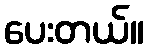
ပေးတယ်။